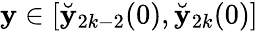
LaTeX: \mathbf{y}\in[\breve{{\mathbf{y}}}_{2k-2}(0),\breve{{\mathbf{y}}}_{2k}(0)]